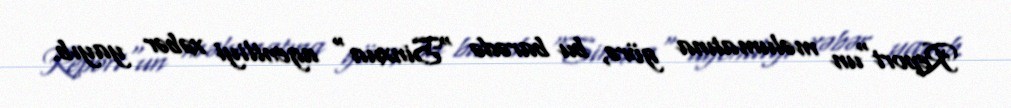
Report"un məlumatına görə, bu barədə "Sinxua" agentliyi xəbər yayıb.